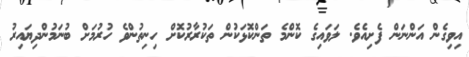
އިވިގެން އަންނަން ފެށިއެވެ. ލަވައިގެ ކޮންމެ ތަންކޮޅަކުން ތަކުރާރުކޮށް ހިނިތުންވެ ހުރުމަށް ބުނަމުންދިޔައިރު